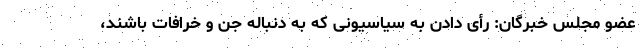
عضو مجلس خبرگان: رأی دادن به سیاسیونی که به دنباله جن و خرافات باشند،